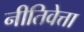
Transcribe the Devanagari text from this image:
नीतिवेत्ता